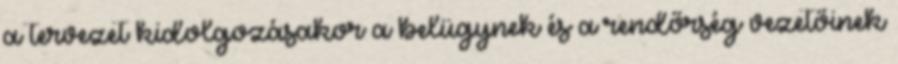
a tervezet kidolgozásakor a belügynek és a rendőrség vezetőinek